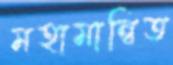
মহামান্বিত